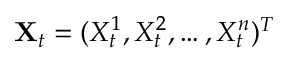
\mathbf { X } _ { t } = ( X _ { t } ^ { 1 } , X _ { t } ^ { 2 } , \ldots , X _ { t } ^ { n } ) ^ { T }